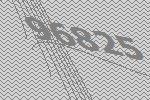
96825